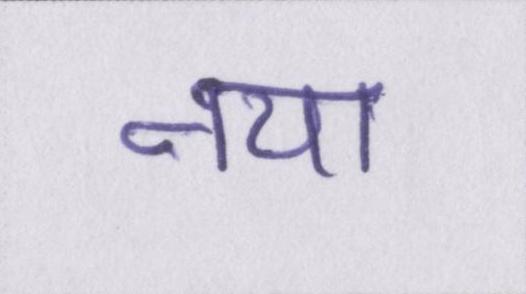
नया